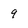
Character: 9